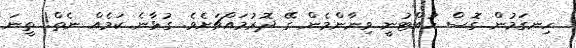
ހިނގަމުން ގޮސް ހުއްޓުނީ ވިނާންމެން ގޭ ދޮރުމައްޗަށެވެ. ގުޅާނެ ކަމެއް ނެތް! ތީނަ